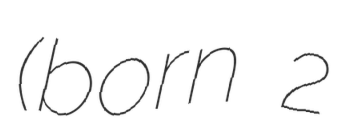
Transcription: (born 2